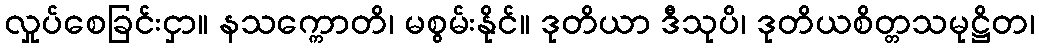
လှုပ်စေခြင်းငှာ။ နသက္ကောတိ၊ မစွမ်းနိုင်။ ဒုတိယာ ဒီသုပိ၊ ဒုတိယစိတ္တသမုဋ္ဌိတ၊